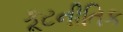
કૂટનીતિક